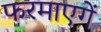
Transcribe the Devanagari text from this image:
फरमाएगें